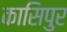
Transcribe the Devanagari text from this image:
कासिपुर